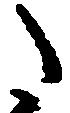
た